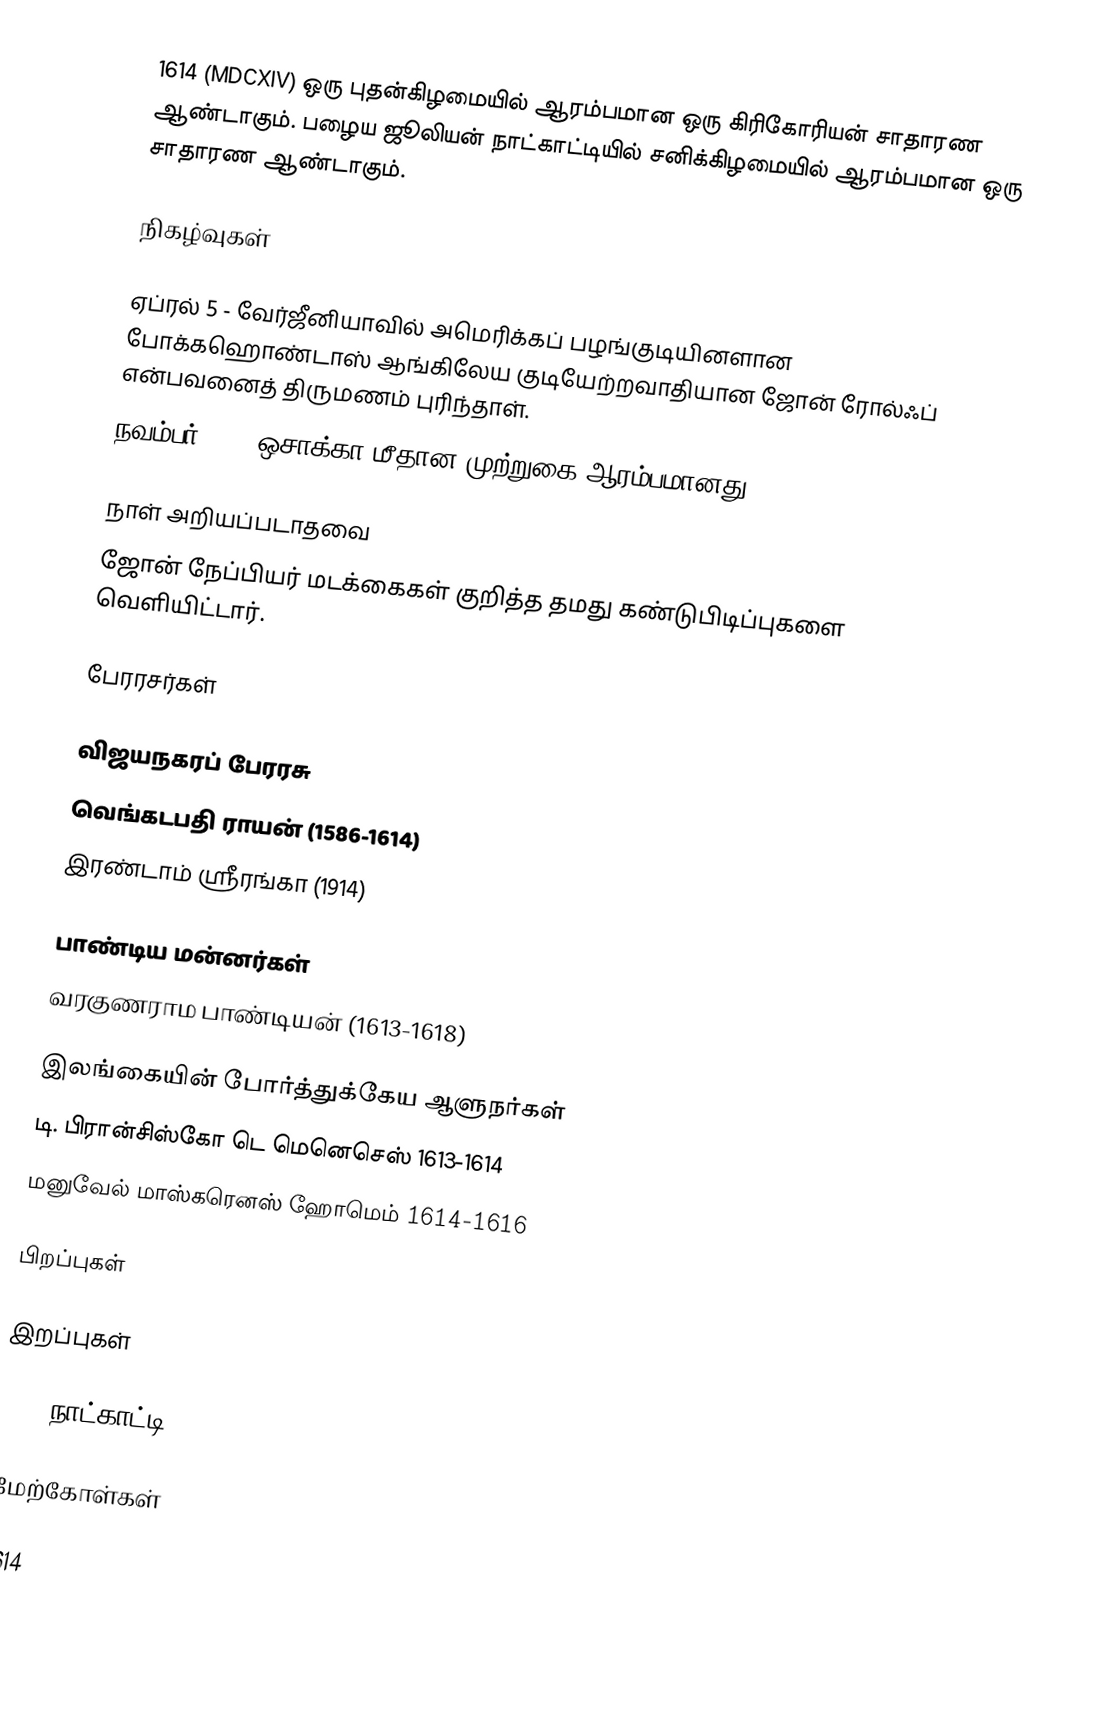
1614 (MDCXIV) ஒரு புதன்கிழமையில் ஆரம்பமான ஒரு கிரிகோரியன் சாதாரண ஆண்டாகும். பழைய ஜூலியன் நாட்காட்டியில் சனிக்கிழமையில் ஆரம்பமான ஒரு சாதாரண ஆண்டாகும்.

நிகழ்வுகள்

 ஏப்ரல் 5 - வேர்ஜீனியாவில் அமெரிக்கப் பழங்குடியினளான போக்கஹொண்டாஸ் ஆங்கிலேய குடியேற்றவாதியான ஜோன் ரோல்ஃப் என்பவனைத் திருமணம் புரிந்தாள்.
 நவம்பர் 19 - ஒசாக்கா மீதான முற்றுகை ஆரம்பமானது.

நாள் அறியப்படாதவை
 ஜோன் நேப்பியர் மடக்கைகள் குறித்த தமது கண்டுபிடிப்புகளை வெளியிட்டார்.

பேரரசர்கள்

விஜயநகரப் பேரரசு
 வெங்கடபதி ராயன் (1586-1614)
 இரண்டாம் ஸ்ரீரங்கா (1914)

பாண்டிய மன்னர்கள்
 வரகுணராம பாண்டியன் (1613-1618)

இலங்கையின் போர்த்துக்கேய ஆளுநர்கள்
 டி. பிரான்சிஸ்கோ டெ மெனெசெஸ் 1613-1614
 மனுவேல் மாஸ்கரெனஸ் ஹோமெம் 1614-1616

பிறப்புகள்

இறப்புகள்

1614 நாட்காட்டி

மேற்கோள்கள்

1614